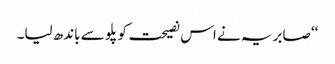
‘‘ صابریہ نے اس نصیحت کو پلو سے باندھ لیا۔